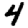
Digit: 4